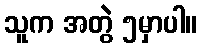
သူက အတွဲ ၅မှာပါ။